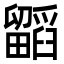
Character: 𭻷